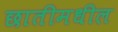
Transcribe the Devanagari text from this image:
छातीमधील